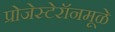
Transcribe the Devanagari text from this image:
प्रोजेस्टेरॉनमूळे